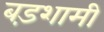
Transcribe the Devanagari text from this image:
बड़शामी